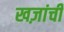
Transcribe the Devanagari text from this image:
खज़ांची